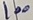
Text: 100